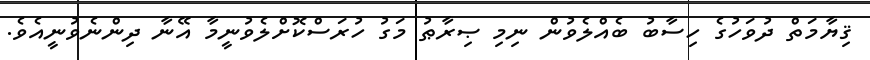
ޤިޔާމަތް ދުވަހުގެ ހިސާބު ބެއްލެވުން ނިމި ޞިރާޠު މަގު ހުރަސްކޮށްލެވުނީމާ އޭނާ ދިންނެވުނީއެވެ.